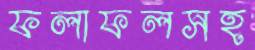
ফলাফলসহ